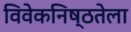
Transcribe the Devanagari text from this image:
विवेकनिष्ठतेला